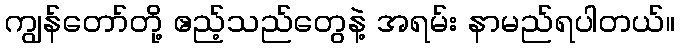
ကျွန်တော်တို့ ဧည့်သည်တွေနဲ့ အရမ်း နာမည်ရပါတယ်။